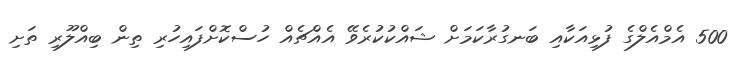
500 އެމްއެލްގެ ފުޅިއަކާއި ބަނގުރާކަމަށް ޝައްކުކުރެވޭ އެއްޗެއް ހުސްކޮށްފައިހުރި ތިން ބިއްލޫރި ތަށި